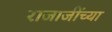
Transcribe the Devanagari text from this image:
राजाजींच्या